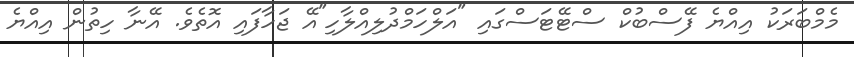
މެމްބަރަކު އިއްޔެ ފޭސްބުކް ސްޓޭޓަސްގައި "އަލްހަމްދުލިއްލާހި"އޭ ޖަހާފައި އޮތެވެ. އޭނާ ހިތުން އިއްޔެ